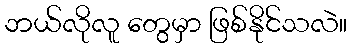
ဘယ်လိုလူ တွေမှာ ဖြစ်နိုင်သလဲ။